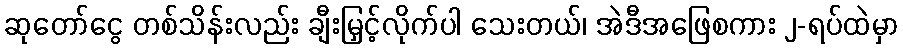
ဆုတော်ငွေ တစ်သိန်းလည်း ချီးမြှင့်လိုက်ပါ သေးတယ်၊ အဲဒီအဖြေစကား ၂-ရပ်ထဲမှာ